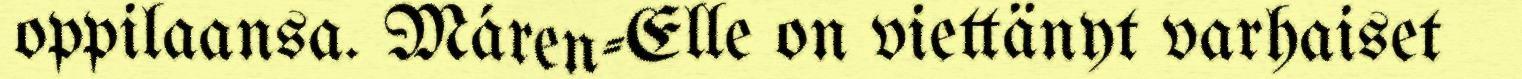
oppilaansa. Máren-Elle on viettänyt varhaiset